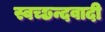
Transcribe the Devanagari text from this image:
स्वच्छन्दवादी